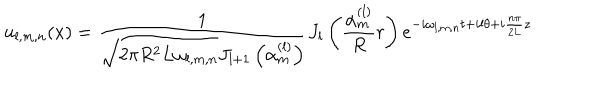
u _ { l , m , n } ( x ) = \frac 1 { \sqrt { 2 \pi R ^ { 2 } L \omega _ { l , m , n } } J _ { l + 1 } \left( \alpha _ { m } ^ { ( l ) } \right) } J _ { l } \left( \frac { \alpha _ { m } ^ { ( l ) } } R r \right) e ^ { - i \omega _ { l , m , n } t + i l \theta + i \frac { n \pi } { 2 L } z }